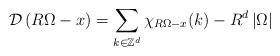
LaTeX: \begin{align*}\mathcal{D}\left( R\Omega-x\right) =\sum_{k\in\mathbb{Z}^{d}}\chi_{R\Omega-x}(k)-R^{d}\left\vert \Omega\right\vert\end{align*}